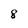
Character: 8